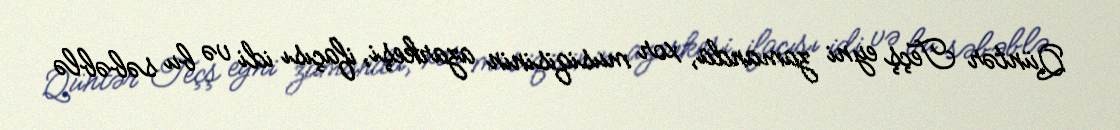
Qüntər Teçş eyni zamanda, xor musiqisinin azarkeşi, ifaçısı idi və bu səbəblə